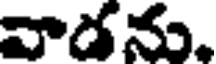
వాడను.